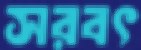
সরবৎ